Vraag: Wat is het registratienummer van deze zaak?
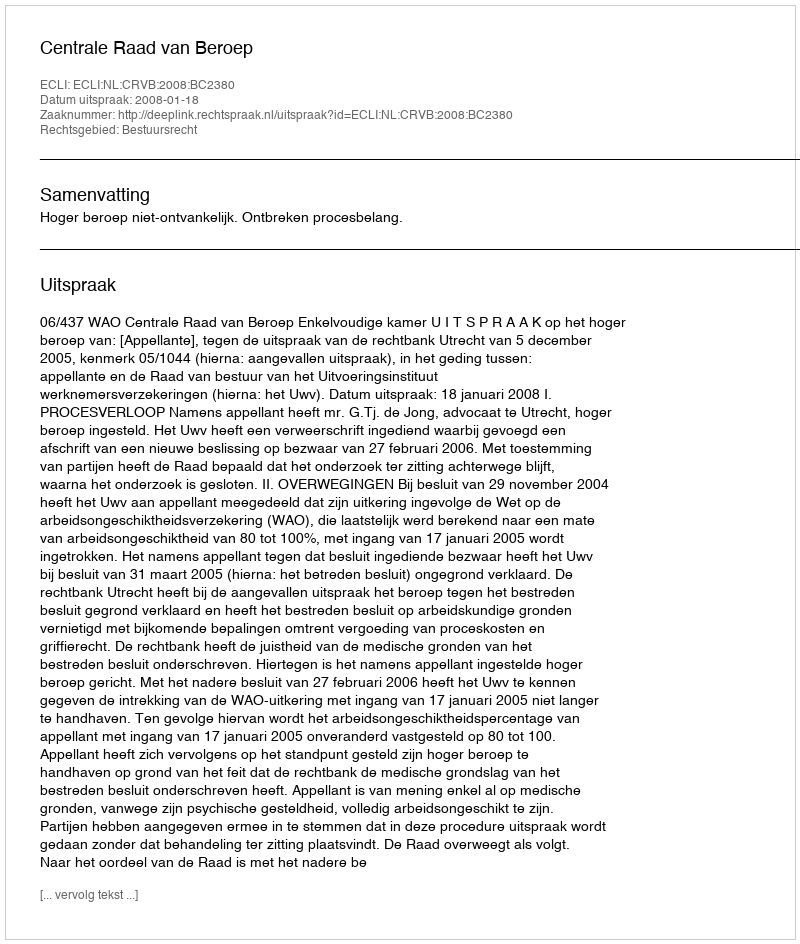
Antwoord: http://deeplink.rechtspraak.nl/uitspraak?id=ECLI:NL:CRVB:2008:BC2380